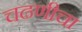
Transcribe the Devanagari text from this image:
चढणीचा